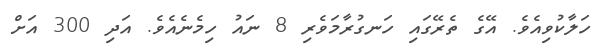
ހަލާކުވިއެވެ. އޭގެ ތެރޭގައި ހަނގުރާމަވެރި 8 ނައު ހިމެނެއެވެ. އަދި 300 އަށް